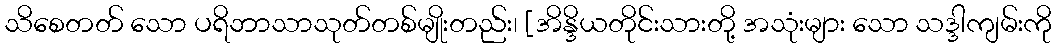
သိစေတတ် သော ပရိဘာသာသုတ်တစ်မျိုးတည်း၊ [အိန္ဒိယတိုင်းသားတို့ အသုံးများ သော သဒ္ဒါကျမ်းကို